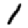
Digit: 1